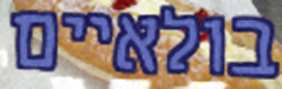
בולאיים